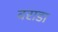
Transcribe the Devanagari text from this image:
वराडा